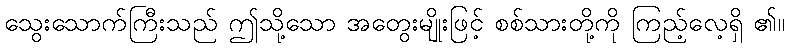
သွေးသောက်ကြီးသည် ဤသို့သော အတွေးမျိုးဖြင့် စစ်သားတို့ကို ကြည့်လေ့ရှိ ၏။